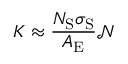
K \approx \frac { N _ { \mathrm { S } } \sigma _ { \mathrm { S } } } { A _ { \mathrm { E } } } \mathcal { N }